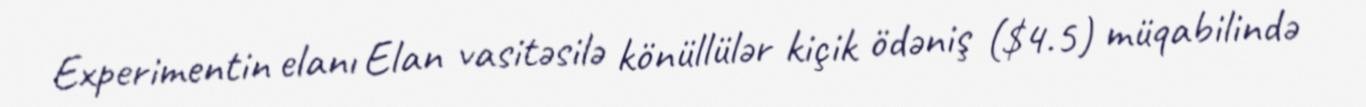
Experimentin elanı Elan vasitəsilə könüllülər kiçik ödəniş ($4.5) müqabilində